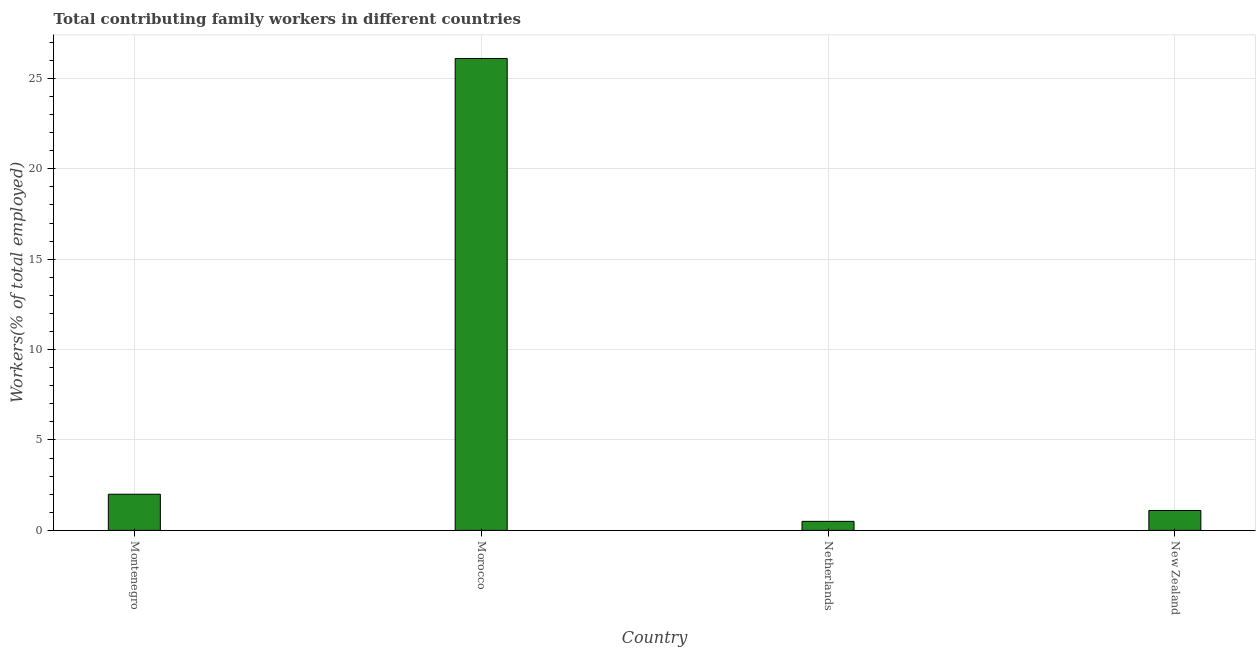
| Country | Contributing family workers |
 | --- | --- |
 | Montenegro | 2 |
 | Morocco | 26.1 |
 | Netherlands | 0.5 |
 | New Zealand | 1.1 |